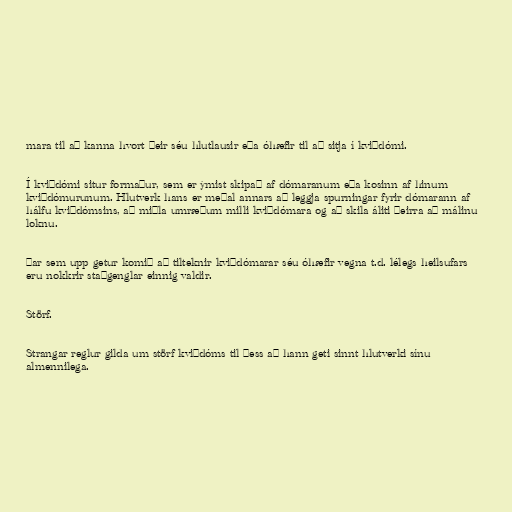
mara til að kanna hvort þeir séu hlutlausir eða óhæfir til að sitja í kviðdómi.

Í kviðdómi situr formaður, sem er ýmist skipað af dómaranum eða kosinn af hinum
kviðdómurunum. Hlutverk hans er meðal annars að leggja spurningar fyrir dómarann af
hálfu kviðdómsins, að miðla umræðum milli kviðdómara og að skila áliti þeirra að málinu
loknu.

Þar sem upp getur komið að tilteknir kviðdómarar séu óhæfir vegna t.d. lélegs heilsufars
eru nokkrir staðgenglar einnig valdir.

Störf.

Strangar reglur gilda um störf kviðdóms til þess að hann geti sinnt hlutverki sínu
almennilega.